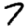
Digit: 7